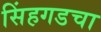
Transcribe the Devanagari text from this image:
सिंहगडचा